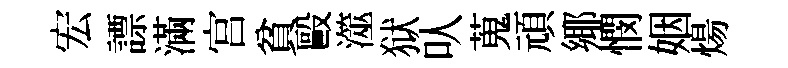
宏謤滿宫貧毆澨狱㕥蒐頑鄊憫姻煬